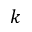
k